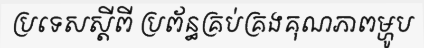
ប្រទេសស្តីពី ប្រព័ន្ធគ្រប់គ្រងគុណភាពម្ហូប